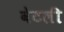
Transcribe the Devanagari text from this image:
वेटली